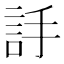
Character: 𧦌